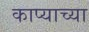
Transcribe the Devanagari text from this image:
काप्याच्या